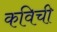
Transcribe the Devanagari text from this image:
कविची